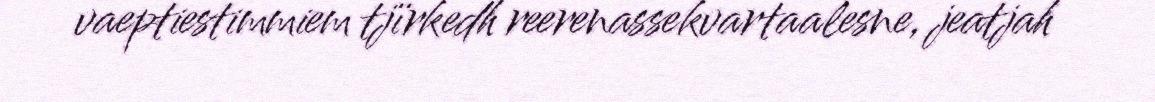
vaeptiestimmiem tjïrkedh reerenassekvartaalesne, jeatjah